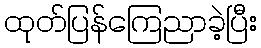
ထုတ်ပြန်ကြေညာခဲ့ပြီး